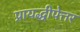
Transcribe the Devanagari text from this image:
प्रायद्धीपेत्तर